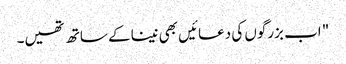
" اب بزرگوں کی دعائیں بھی نینا کے ساتھ تھیں۔